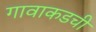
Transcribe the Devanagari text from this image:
गावाकडची